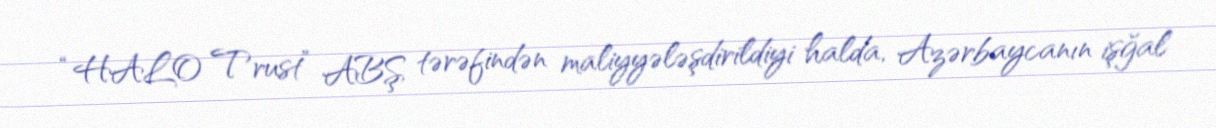
“HALO Trust” ABŞ tərəfindən maliyyələşdirildiyi halda, Azərbaycanın işğal